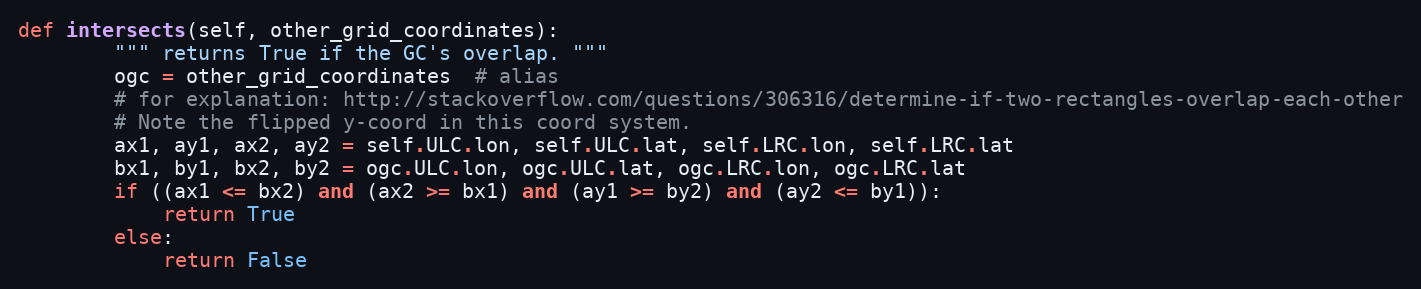
Language: Python
def intersects(self, other_grid_coordinates):
        """ returns True if the GC's overlap. """
        ogc = other_grid_coordinates  # alias
        # for explanation: http://stackoverflow.com/questions/306316/determine-if-two-rectangles-overlap-each-other
        # Note the flipped y-coord in this coord system.
        ax1, ay1, ax2, ay2 = self.ULC.lon, self.ULC.lat, self.LRC.lon, self.LRC.lat
        bx1, by1, bx2, by2 = ogc.ULC.lon, ogc.ULC.lat, ogc.LRC.lon, ogc.LRC.lat
        if ((ax1 <= bx2) and (ax2 >= bx1) and (ay1 >= by2) and (ay2 <= by1)):
            return True
        else:
            return False